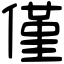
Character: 僅